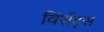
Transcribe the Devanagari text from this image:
विंसेंट्स